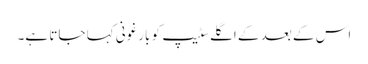
اس کے بعد کے اگلے سٹیپ کو بارغونی کہا جاتا ہے۔